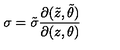
\sigma = { \tilde { \sigma } } \frac { \partial ( { \tilde { z } } , { \tilde { \theta } } ) } { \partial ( z , \theta ) }